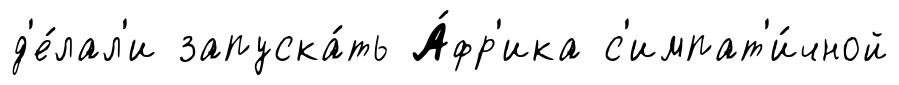
д'е́лал'и запуска́ть А́фр'ика с'импат'и́чной